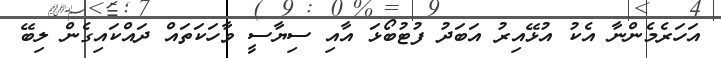
އަހަރެމެންނާ އެކު އުޅޭއިރު އަބަދު ފުޓުބޯޅަ އާއި ސިޔާސީ ވާހަކަތައް ދައްކައިގެން ލިބޭ